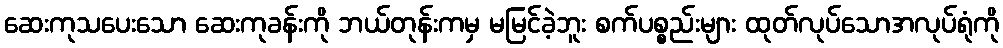
ဆေးကုသပေးသော ဆေးကုခန်းကို ဘယ်တုန်းကမှ မမြင်ခဲ့ဘူး စက်ပစ္စည်းများ ထုတ်လုပ်သောအလုပ်ရုံကို